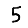
Digit: 5